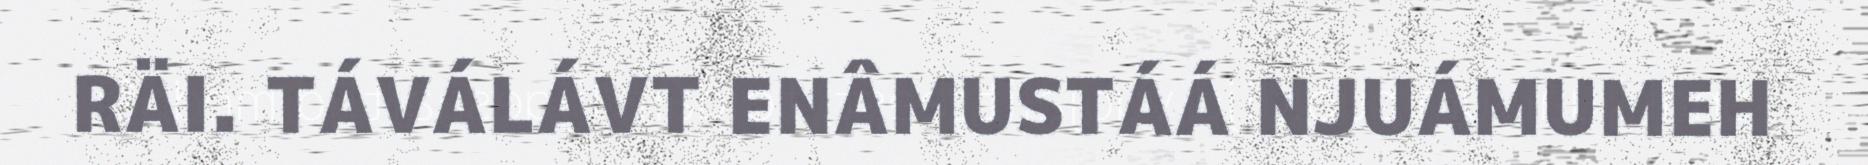
RÄI. TÁVÁLÁVT ENÂMUSTÁÁ NJUÁMUMEH